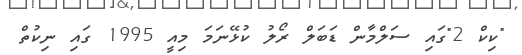
"ކިކް 2"ގައި ސަލްމާން ޑަބަލް ރޯލު ކުޅޭނަމަ މިއީ 1995 ގައި ނިކުތް